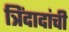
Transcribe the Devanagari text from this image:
त्रिंदादांची